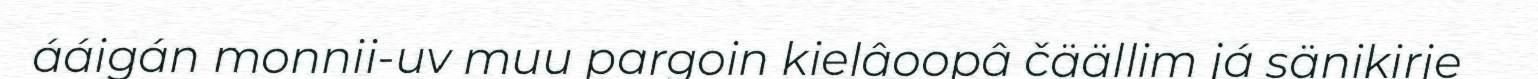
ááigán monnii-uv muu pargoin kielâoopâ čäällim já sänikirje